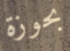
بحوزة